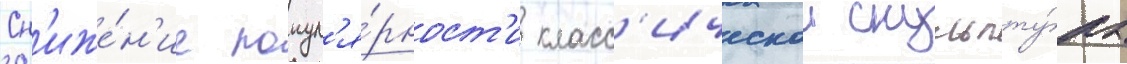
Сн'иже́н'ие попул'я́рност'и класс'ическои скульпту́ры